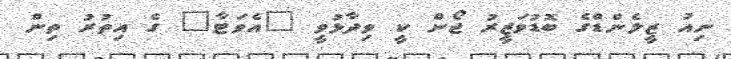
ނިއު ޒީލެންޑްގެ ބޮޑުވަޒީރު ޖޯން ކީ ވިދާޅުވީ "އެވަޓާ" ގެ އިތުރު ތިން